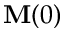
\mathbf M ( 0 )